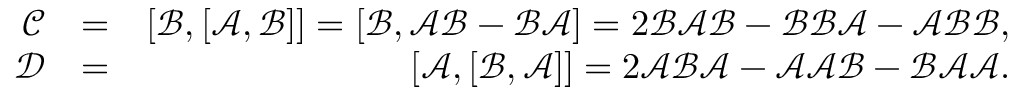
\begin{array} { r l r } { \mathcal { C } } & { = } & { [ \mathcal { B } , [ \mathcal { A } , \mathcal { B } ] ] = [ \mathcal { B } , \mathcal { A } \mathcal { B } - \mathcal { B } \mathcal { A } ] = 2 \mathcal { B } \mathcal { A } \mathcal { B } - \mathcal { B } \mathcal { B } \mathcal { A } - \mathcal { A } \mathcal { B } \mathcal { B } , } \\ { \mathcal { D } } & { = } & { [ \mathcal { A } , [ \mathcal { B } , \mathcal { A } ] ] = 2 \mathcal { A } \mathcal { B } \mathcal { A } - \mathcal { A } \mathcal { A } \mathcal { B } - \mathcal { B } \mathcal { A } \mathcal { A } . } \end{array}